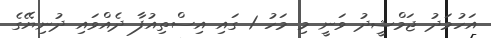
އަހުމަދު ޖަމްޝީދު ވަނީ މި މަހު 1 ގައި އިސްތިއުފާ ދެއްވައި ދުނިޔޭގެ